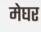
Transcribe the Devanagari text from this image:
मेघर